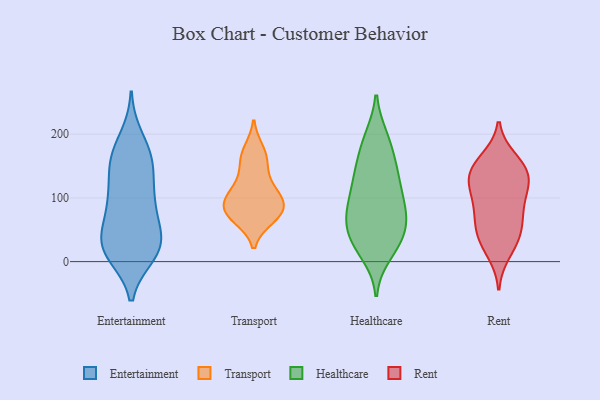
{"axis": {"x": "Headcount", "y": "Value"}, "legend": ["Entertainment", "Healthcare", "Rent", "Transport"], "data": [{"x": "", "y": 141, "type": "Entertainment"}, {"x": "", "y": 97, "type": "Entertainment"}, {"x": "", "y": 166, "type": "Entertainment"}, {"x": "", "y": 13, "type": "Entertainment"}, {"x": "", "y": 23, "type": "Entertainment"}, {"x": "", "y": 194, "type": "Entertainment"}, {"x": "", "y": 28, "type": "Entertainment"}, {"x": "", "y": 99, "type": "Entertainment"}, {"x": "", "y": 102, "type": "Entertainment"}, {"x": "", "y": 66, "type": "Entertainment"}, {"x": "", "y": 45, "type": "Entertainment"}, {"x": "", "y": 165, "type": "Entertainment"}, {"x": "", "y": 12, "type": "Entertainment"}, {"x": "", "y": 25, "type": "Entertainment"}, {"x": "", "y": 146, "type": "Entertainment"}, {"x": "", "y": 21, "type": "Entertainment"}, {"x": "", "y": 30, "type": "Entertainment"}, {"x": "", "y": 166, "type": "Entertainment"}, {"x": "", "y": 85, "type": "Entertainment"}, {"x": "", "y": 93, "type": "Transport"}, {"x": "", "y": 75, "type": "Transport"}, {"x": "", "y": 174, "type": "Transport"}, {"x": "", "y": 98, "type": "Transport"}, {"x": "", "y": 91, "type": "Transport"}, {"x": "", "y": 116, "type": "Transport"}, {"x": "", "y": 152, "type": "Transport"}, {"x": "", "y": 117, "type": "Transport"}, {"x": "", "y": 164, "type": "Transport"}, {"x": "", "y": 77, "type": "Transport"}, {"x": "", "y": 74, "type": "Transport"}, {"x": "", "y": 69, "type": "Transport"}, {"x": "", "y": 193, "type": "Healthcare"}, {"x": "", "y": 13, "type": "Healthcare"}, {"x": "", "y": 194, "type": "Healthcare"}, {"x": "", "y": 32, "type": "Healthcare"}, {"x": "", "y": 151, "type": "Healthcare"}, {"x": "", "y": 85, "type": "Healthcare"}, {"x": "", "y": 83, "type": "Healthcare"}, {"x": "", "y": 74, "type": "Healthcare"}, {"x": "", "y": 110, "type": "Healthcare"}, {"x": "", "y": 56, "type": "Healthcare"}, {"x": "", "y": 129, "type": "Healthcare"}, {"x": "", "y": 35, "type": "Healthcare"}, {"x": "", "y": 174, "type": "Healthcare"}, {"x": "", "y": 74, "type": "Healthcare"}, {"x": "", "y": 77, "type": "Healthcare"}, {"x": "", "y": 35, "type": "Healthcare"}, {"x": "", "y": 132, "type": "Healthcare"}, {"x": "", "y": 29, "type": "Healthcare"}, {"x": "", "y": 135, "type": "Healthcare"}, {"x": "", "y": 135, "type": "Rent"}, {"x": "", "y": 14, "type": "Rent"}, {"x": "", "y": 92, "type": "Rent"}, {"x": "", "y": 40, "type": "Rent"}, {"x": "", "y": 65, "type": "Rent"}, {"x": "", "y": 152, "type": "Rent"}, {"x": "", "y": 134, "type": "Rent"}, {"x": "", "y": 33, "type": "Rent"}, {"x": "", "y": 42, "type": "Rent"}, {"x": "", "y": 161, "type": "Rent"}, {"x": "", "y": 126, "type": "Rent"}, {"x": "", "y": 115, "type": "Rent"}, {"x": "", "y": 84, "type": "Rent"}, {"x": "", "y": 121, "type": "Rent"}, {"x": "", "y": 152, "type": "Rent"}, {"x": "", "y": 71, "type": "Rent"}]}